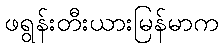
ဖရွန်းတီးယားမြန်မာက